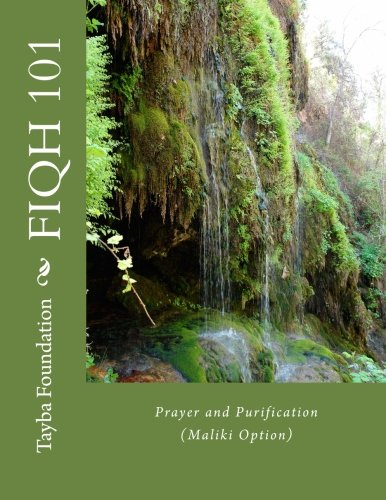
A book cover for Fiqh 101: Prayer and Purification (Maliki Option) (Tayba Fiqh Series) (Volume 1); Tayba Foundation; Religion & Spirituality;